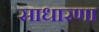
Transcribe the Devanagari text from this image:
साधारणा